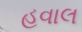
હવાલ